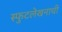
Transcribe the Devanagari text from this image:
स्फुटलेखनाची